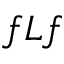
f L f